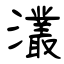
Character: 灇